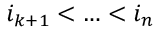
i _ { k + 1 } < \ldots < i _ { n }